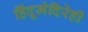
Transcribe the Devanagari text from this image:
हिंदूमंदिरेही